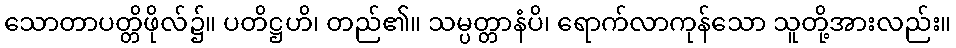
သောတာပတ္တိဖိုလ်၌။ ပတိဋ္ဌဟိ၊ တည်၏။ သမ္ပတ္တာနံပိ၊ ရောက်လာကုန်သော သူတို့အားလည်း။